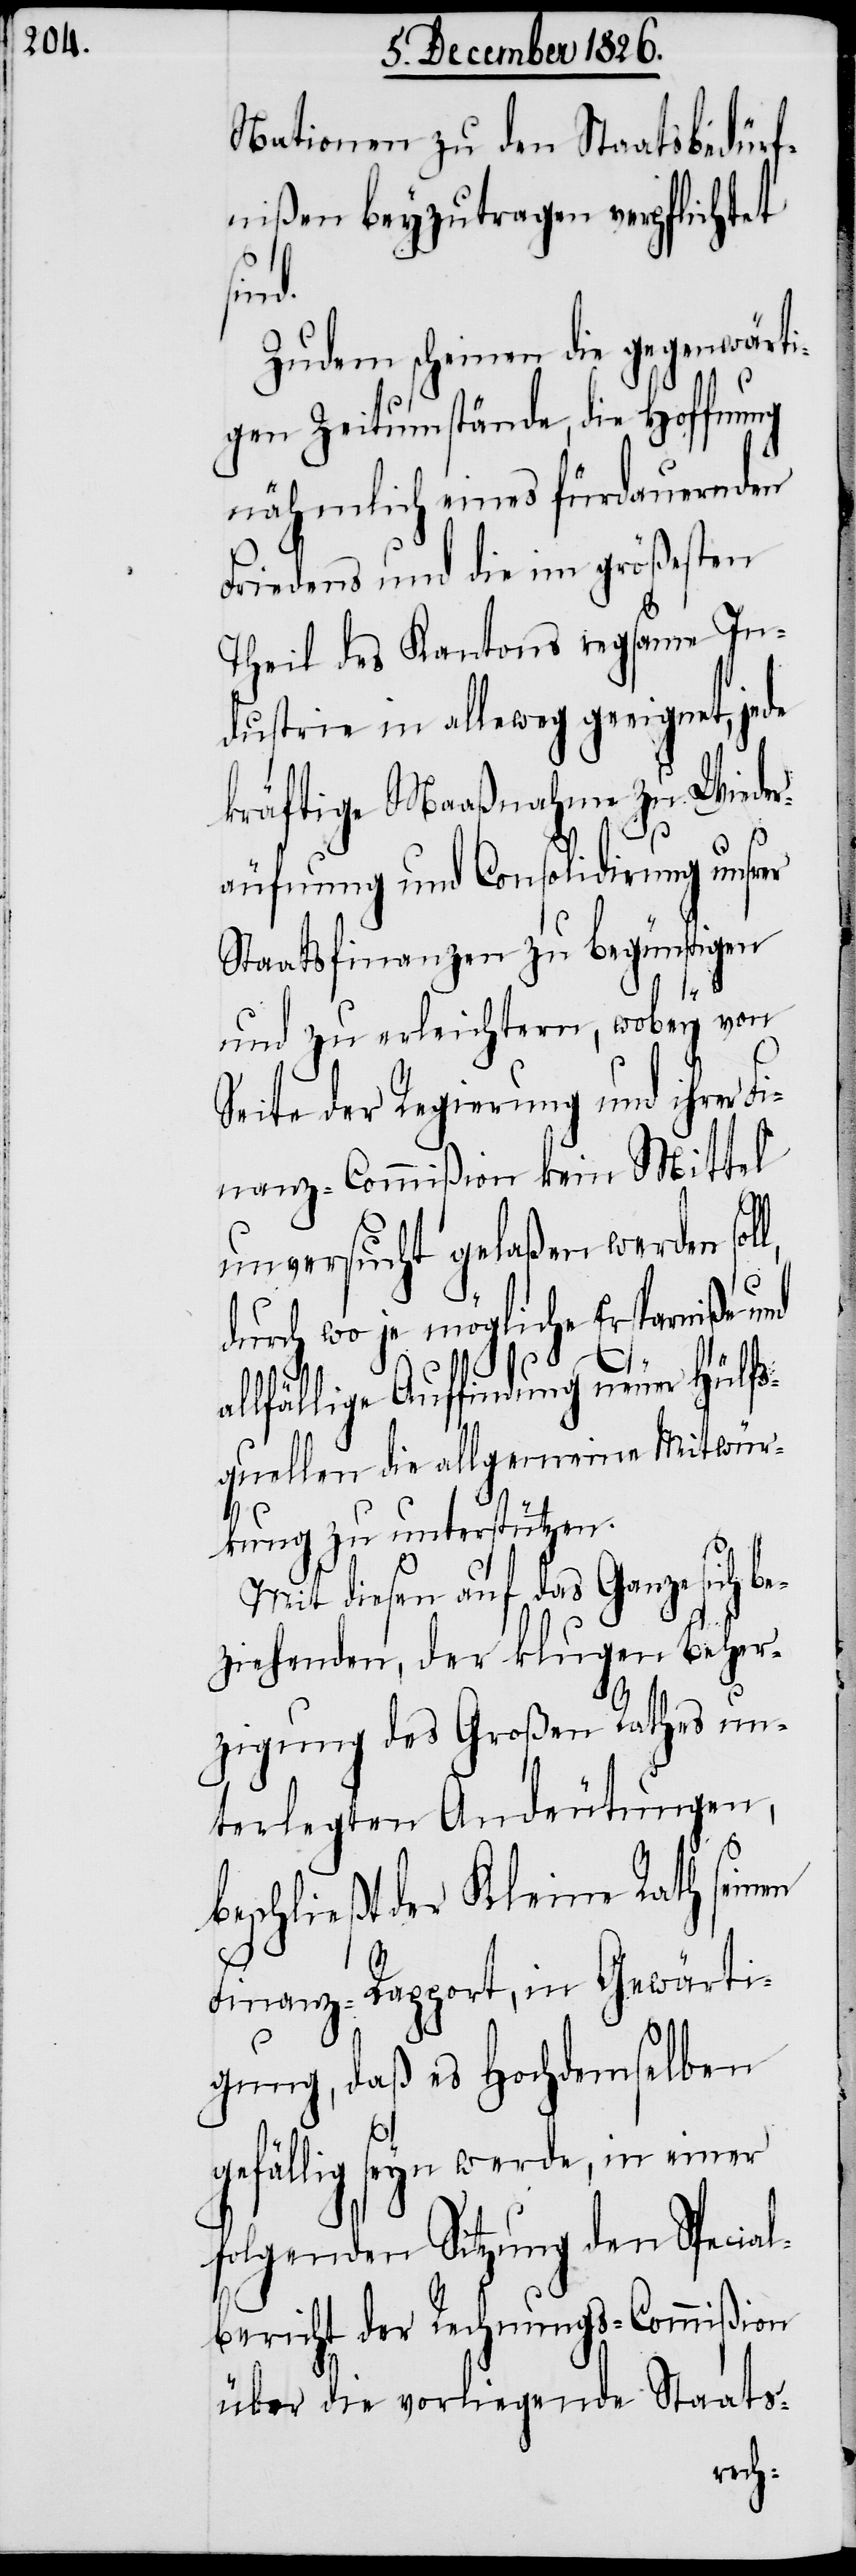
Nationen zu den Staatsbedürf¬
nißen beyzutragen verpflichtet
und
Zudem scheinen die gegenwärti¬
gen Zeitumstände, die Hoffnung
nähmlich eines fürdauernden
Friedens und die im größesten
Theil des Kantons regsame In¬
dustrie in alleweg geeignet, jede
kräftige Maaßnahme zu Wieder¬
äufnung und Consolidirung unsrer
Staatsfinanzen zu begünstigen
und zu erleichtern, wobey von
Seite der Regierung und ihrer
Finanz-Commißion kein Mittel
unversucht gelaßen werden sol¬
durch wo je mögliche Ersparniße
allfällige Auffindung neuer Hülfs¬
quellen die allgemeine Mitwür¬
kung zu unterstützen.
Mit diesen auf das Ganze sich be¬
ziehenden, der klugen Beher¬
zigung des Großen Rathes un¬
terlegten Andeutungen,
beschließt der Kleine Rath seinen
d.
Finanz-Rapport, in Gewärti¬
gung, daß es Hochdemselben
l,
gefällig seyn werde, in einer
folgenden Sitzung den Specia¬
l-Bericht der Rechnungs-Commißion
über die vorliegende Staats-